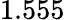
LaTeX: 1.555